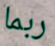
ربما